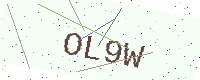
Text: OL9W